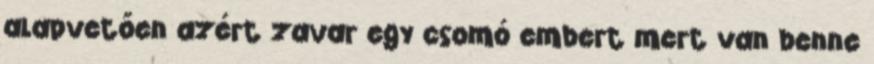
alapvetően azért zavar egy csomó embert mert van benne